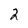
Character: 2